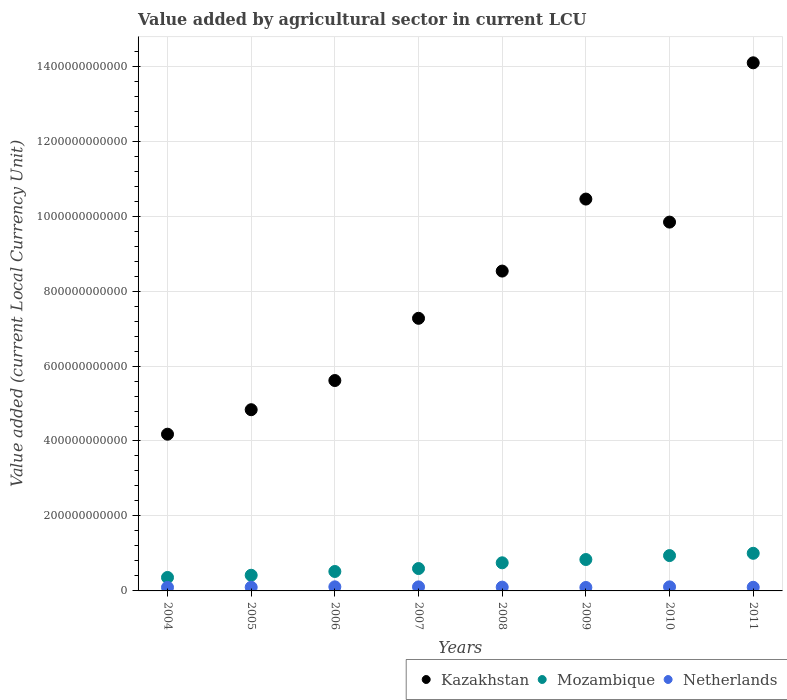
| Years | Kazakhstan | Mozambique | Netherlands |
 | --- | --- | --- | --- |
 | 2004 | 4.18e+11 | 3.59e+10 | 9.42e+09 |
 | 2005 | 4.83e+11 | 4.18e+10 | 9.77e+09 |
 | 2006 | 5.61e+11 | 5.19e+10 | 1.09e+10 |
 | 2007 | 7.27e+11 | 5.97e+10 | 1.08e+10 |
 | 2008 | 8.53e+11 | 7.5e+10 | 1.01e+10 |
 | 2009 | 1.05e+12 | 8.38e+10 | 9.19e+09 |
 | 2010 | 9.84e+11 | 9.43e+10 | 1.08e+10 |
 | 2011 | 1.41e+12 | 1e+11 | 9.7e+09 |